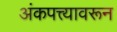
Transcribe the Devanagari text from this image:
अंकपत्त्यावरून